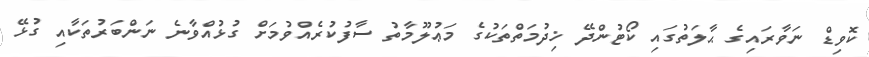
ކޮވިޑް ނަވާރައިގެ ޙާލަތުގައި ކޯޓުންދޭ ޚިދުމަތްތަކުގެ މަޢުލޫމާތު ސާފުކުރެއްވުމަށް ގުޅުއްވާނެ ނަންބަރުތަކާއި ގުޅޭ